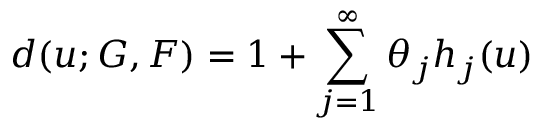
d ( u ; G , F ) = 1 + \sum _ { j = 1 } ^ { \infty } \theta _ { j } h _ { j } ( u )